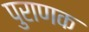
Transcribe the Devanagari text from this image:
पुराणक